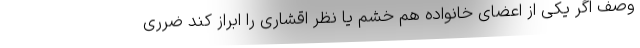
وصف اگر یکی از اعضای خانواده هم خشم یا نظر اقشاری را ابراز کند ضرری